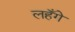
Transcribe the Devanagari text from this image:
लहँगे